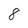
Character: 8